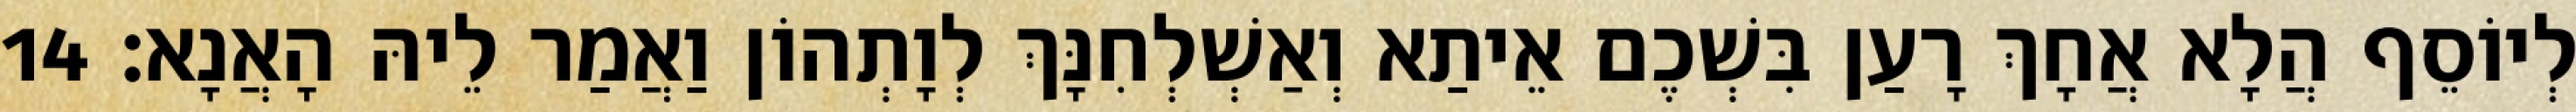
לְיוֹסֵף הֲלָא אֲחָךְ רָעַן בִּשְׁכֶם אֵיתַא וְאַשְׁלְחִנָּךְ לְוָתְהוֹן וַאֲמַר לֵיהּ הָאֲנָא׃ 14